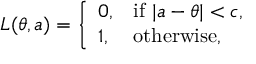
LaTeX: L ( \theta , a ) = { \left\{ \begin{array} { l l } { 0 , } & { { \mathrm { i f ~ } } | a - \theta | < c , } \\ { 1 , } & { { \mathrm { o t h e r w i s e } } , } \end{array} \right. }